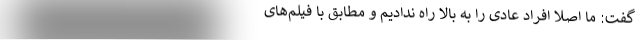
گفت: ما اصلا افراد عادی را به بالا راه ندادیم و مطابق با فیلم‌های